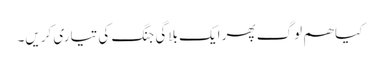
کیا ھم لوگ پھر ایک بلاگی جنگ کی تیاری کریں۔